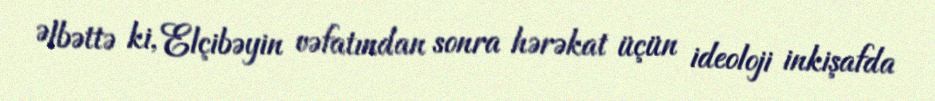
Əlbəttə ki, Elçibəyin vəfatından sonra hərəkat üçün ideoloji inkişafda